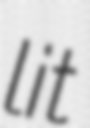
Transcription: lit